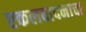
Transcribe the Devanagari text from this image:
एकलवादनाचा